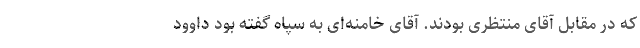
که در مقابل آقای منتظری بودند. آقای خامنه‌ای به سپاه گفته بود داوود